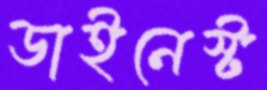
ডাইনেস্ট